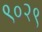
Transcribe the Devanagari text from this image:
९०२९